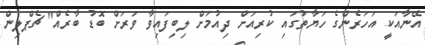
އޭނާއަކީ އަހަރެންގެ ހަޔާތުގައި ކުރިއަށް ދިއުމަށް ލިބިފައިވާ ވަރަށް ބޮޑު ބާރެއް" ޗެޕްލިން